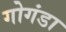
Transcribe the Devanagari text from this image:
गोगंडा